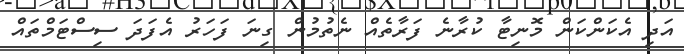
އަދި އެކަންކަން މޮނިޓާ ކުރާނެ ފަރާތެއް ނެތުމުން ގިނަ ފަހަރު އެފަދަ ސިސްޓަމްތައް